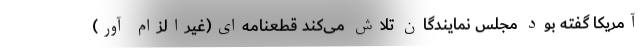
آمریکا گفته بود مجلس نمایندگان تلاش می‌کند قطعنامه‌ای(غیرالزام آور)